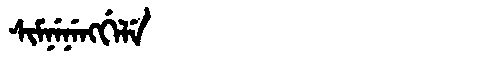
Manchu: ᠰᡳᠮᠨᡝᠨᡝᠩᡤᡝᠯᡝ
Romanization: SIMNENENGGELE